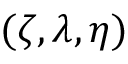
( \zeta , \lambda , \eta )